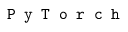
\texttt { P y T o r c h }